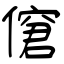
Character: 僒